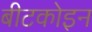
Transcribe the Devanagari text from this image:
बीटकोइन